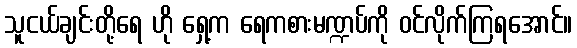
သူငယ်ချင်းတို့ရေ ဟို ရှေ့က ရေကစားမဏ္ဍပ်ကို ဝင်လိုက်ကြရအောင်။